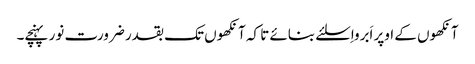
آنکھوں کے اوپر اَبرواِسلئے بنائے تا کہ آنکھوں تک بقدر ضرورت نور پہنچے۔